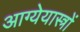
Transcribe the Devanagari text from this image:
आग्येयास्त्रों